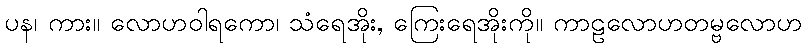
ပန၊ ကား။ လောဟဝါရကော၊ သံရေအိုး, ကြေးရေအိုးကို။ ကာဠလောဟတမ္ဗလောဟ